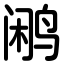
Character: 鹇